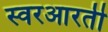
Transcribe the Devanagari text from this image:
स्वरआरती